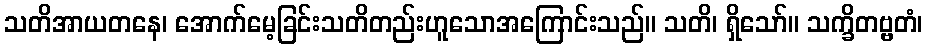
သတိအာယတနေ၊ အောက်မေ့ခြင်းသတိတည်းဟူသောအကြောင်းသည်။ သတိ၊ ရှိသော်။ သက္ခိတဗ္ဗတံ၊